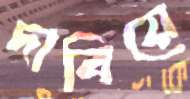
দাবিয়ে